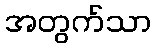
အတွက်သာ